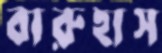
বারুহাস